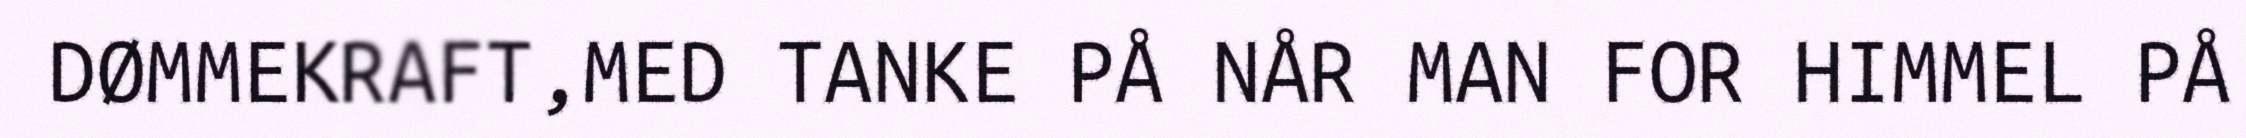
DØMMEKRAFT,MED TANKE PÅ NÅR MAN FOR HIMMEL PÅ